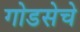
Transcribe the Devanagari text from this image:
गोडसेचे